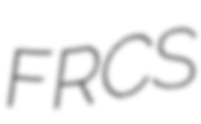
FRCS